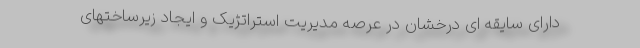
دارای سایقه ای درخشان در عرصه مدیریت استراتژیک و ایجاد زیرساختهای